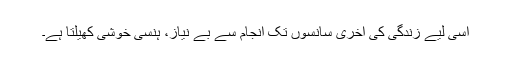
اسی لیے زندگی کی آخری سانسوں تک انجام سے بے نیاز، ہنسی خوشی کھیلتا ہے۔